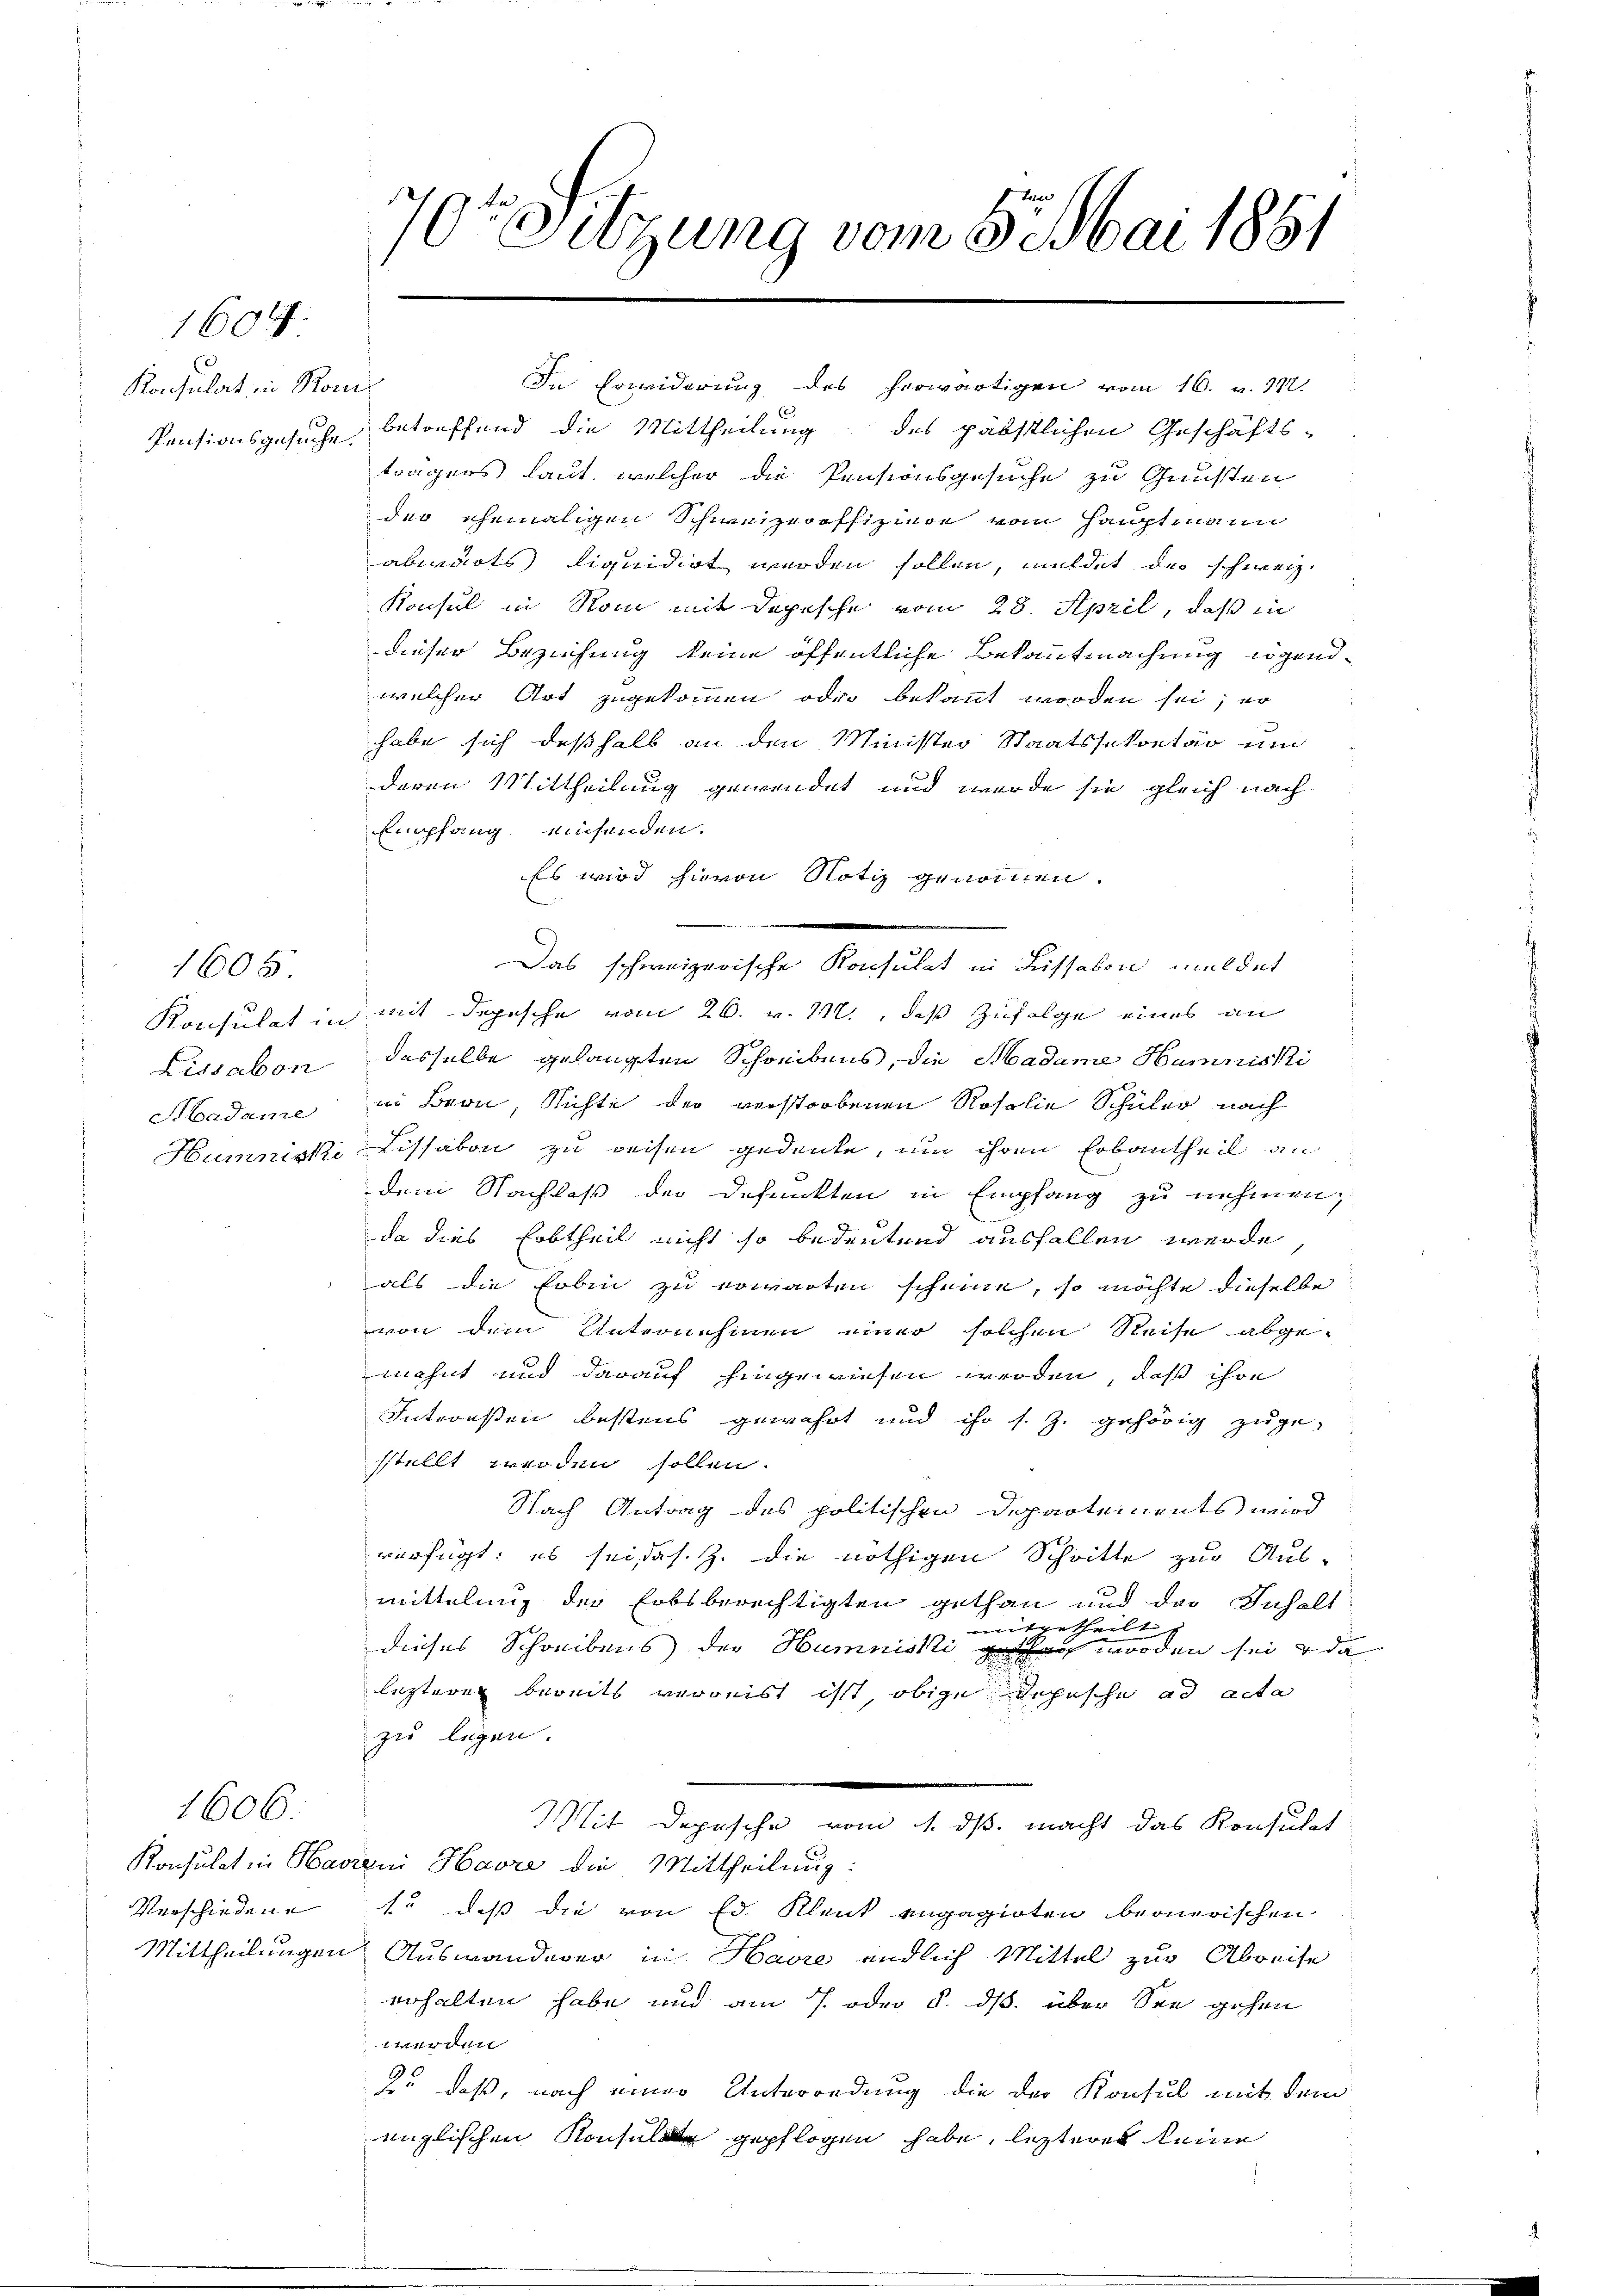
Konsulat in Romi¬
Pensionsgesuche.

1605

1606.

1604

70te Sitzung vom 5. Mai 1881

betreffend die Mittheilung des päbstlichen Geschäfts-
trägers laut, welcher die Pensionsgesuche zu Gunsten
der ehemaligen Schweizeroffiziere vom Hauptmann
abwärts liquidirt werden sollen, meldet der schweiz.
Konsul in Stoni mit Depesche vom 28. April, daß in
dieser Beziehung keine öffentliche Bekanntmachung irgendwelcher Art zugekommen oder bekannt worden sei; er
habe sich deßhalb an den Minister Staatssekretär um
deren Mittheilung gewendet und werde sie gleich nach
Empfang einsenden.
Es wird hievon Notiz genommen.
Das schweizerische Konsulat in Lissabon meldet
Konsulat in mit depesche vom 26. v. 112., daß Zufolge eines an
Lissabon desselbe gelangten Schreibens, die Madame Humniski
Madame in Bern Nichte der verstorbenen Rosolie Schüler nach
Humniski Lissabon zu weisen gedenke, um ihren Erbantheil an
dem Nachlaß der defunkten in Empfang zu nehmen,
da dies Erbtheil nicht so bedeutend ausfallen werde
als die Erben zu erwarten scheine, so möchte dieselbe
von dem Unternehmen einer solchen Reise abgemahnt und darauf hingewiesen werden, daß ihre
Interessen bestens gewährt und ihr s. Z. gehörig zuge-
sstellt werden sollen.
Nach Antrag des politischen Departements wird
verfügt: es sei das. z. die nöthigen Schritte zur Aus-
mittelung der Erbsberechtigten gethan und das Inhalt
mitgetheilt,
dieses Schreibens der Humniski an worden sei & da
lezteren bereits verreist isst, obige Depesche ad acta
zu legen.
Mit Depesche vom 1. ds. macht das Konsulat
Konsulat in Havreni Havre die Mittheilung:
Verschiedene 1. daß die von Ed. Klenk engagirten beonerischen
Mittheilungen Auswanderer in Havre endlich Mittel zur Abreise
erhalten habe und am 7. oder §. ds. über See gehen
werden
zo daß, nach einer Unterordung die der Konsul mit dem
englischen Konsuls gepflogen habe, lezteres keine

In Erwiderung des herwärtigen vom 16. v. 112.